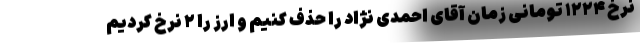
نرخ ۱۲۲۴ تومانی زمان آقای احمدی نژاد را حذف کنیم و ارز را ۲ نرخ کردیم